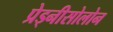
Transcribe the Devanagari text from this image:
प्रेड्नीसोलोन